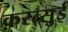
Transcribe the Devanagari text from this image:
क़रत्सुई